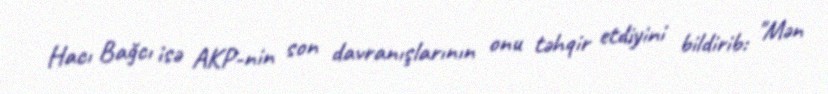
Hacı Bağcı isə AKP-nin son davranışlarının onu təhqir etdiyini bildirib: "Mən